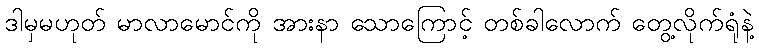
ဒါမှမဟုတ် မာလာမောင်ကို အားနာ သောကြောင့် တစ်ခါလောက် တွေ့လိုက်ရုံနဲ့